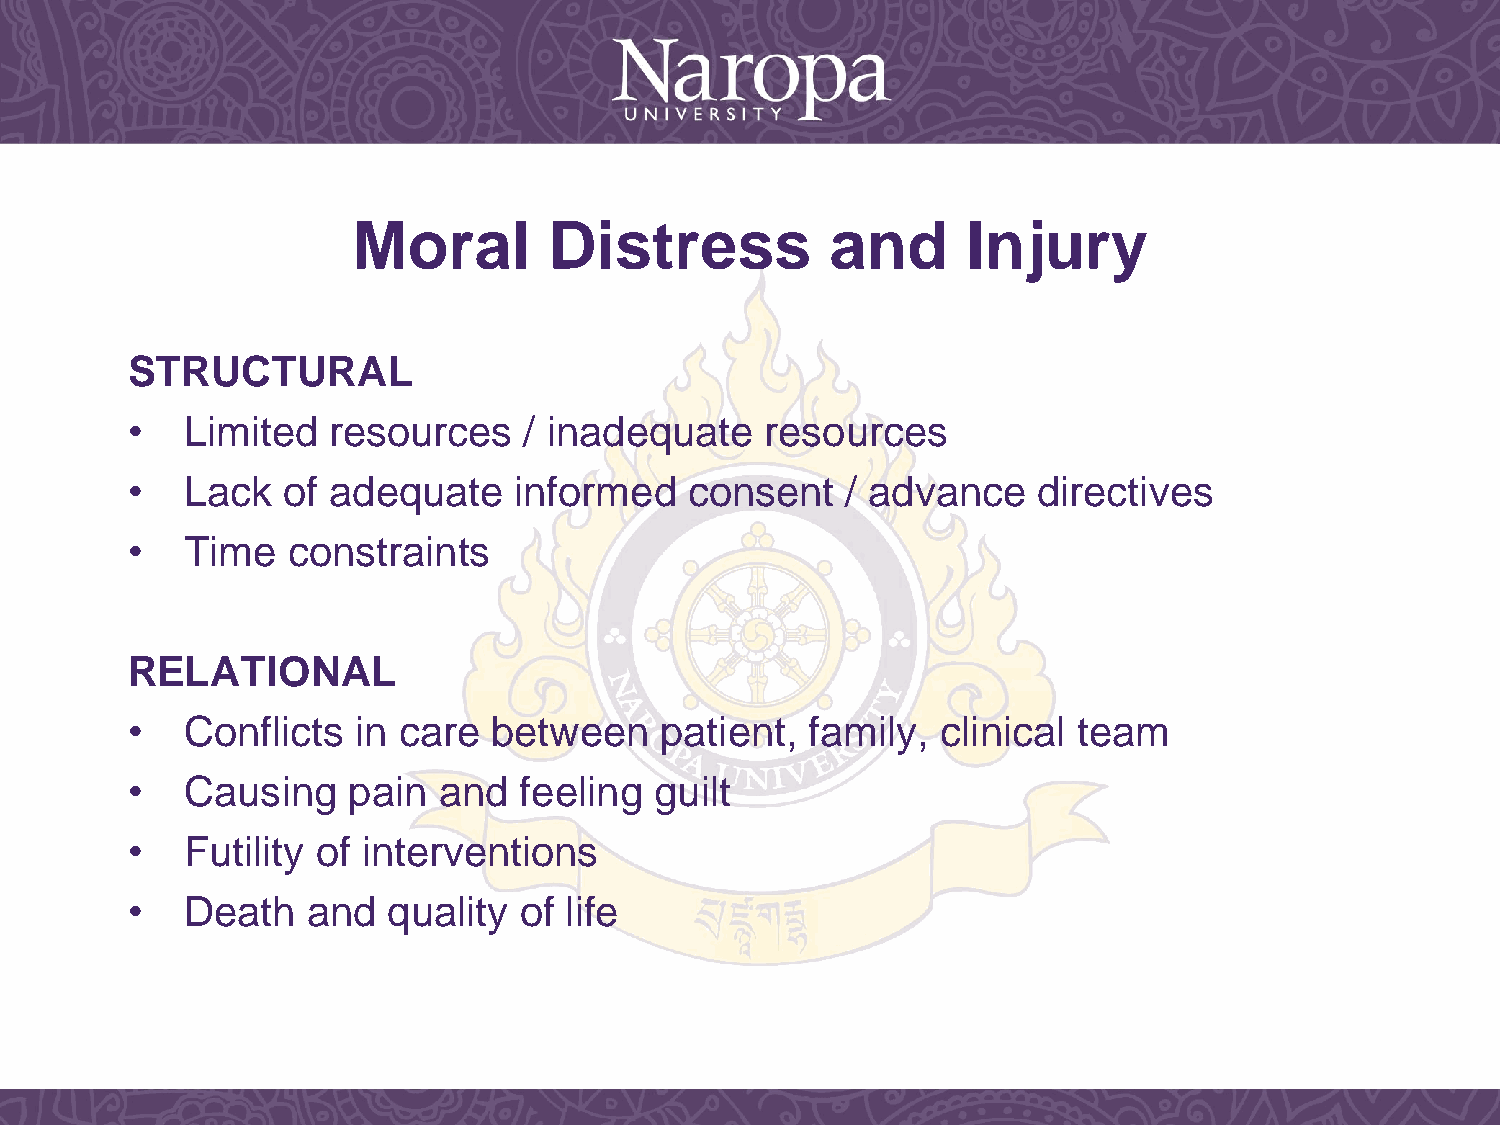
Moral        Distress           and      Injury
 STRUCTURAL
 •   Limited   resources    / inadequate    resources
 •   Lack   of adequate    informed    consent   / advance    directives
 •   Time   constraints
 RELATIONAL
 •   Conflicts   in care  between    patient,  family, clinical team
 •   Causing    pain  and  feeling  guilt
 •   Futility of interventions
 •   Death   and   quality of life